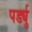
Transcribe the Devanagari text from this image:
पर्ड्यु